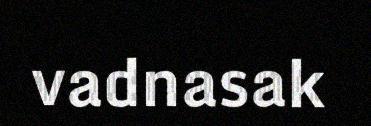
vadnasak